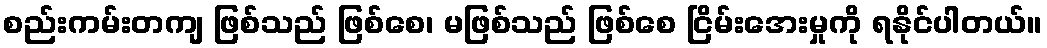
စည်းကမ်းတကျ ဖြစ်သည် ဖြစ်စေ၊ မဖြစ်သည် ဖြစ်စေ ငြိမ်းအေးမှုကို ရနိုင်ပါတယ်။